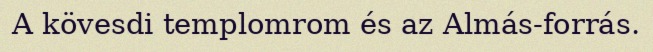
A kövesdi templomrom és az Almás-forrás.